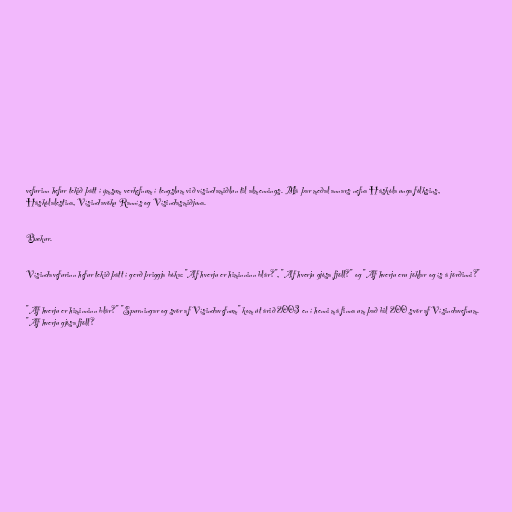
vefurinn hefur tekið þátt í ýmsum verkefnum í tengslum við vísindamiðlun til almennings. Má þar meðal annars nefna Háskóla unga fólksins,
Háskólalestina, Vísindavöku Rannís og Vísindasmiðjuna.

Bækur.

Vísindavefurinn hefur tekið þátt í gerð þriggja bóka: "Af hverju er himinninn blár?", "Af hverju gjósa fjöll?" og "Af hverju eru jöklar og ís á jörðinni?"

"Af hverju er himinninn blár?" "Spurningar og svör af Vísindavefnum" kom út árið 2003 en í henni má finna um það bil 200 svör af Vísindavefnum.
"Af hverju gjósa fjöll?